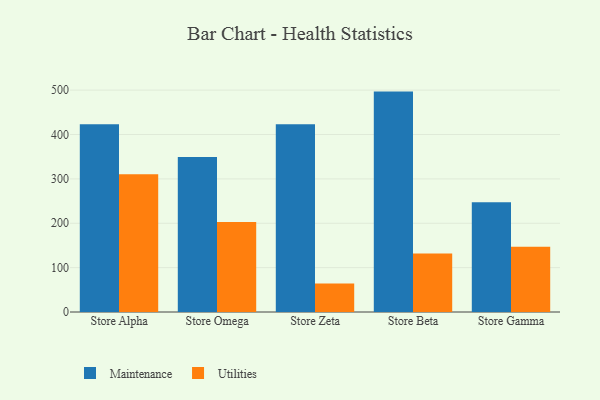
{"axis": {"x": "Store", "y": "Page Views"}, "legend": ["Maintenance", "Utilities"], "data": [{"x": "Store Alpha", "y": 423.1, "type": "Maintenance"}, {"x": "Store Alpha", "y": 310.6, "type": "Utilities"}, {"x": "Store Omega", "y": 349.1, "type": "Maintenance"}, {"x": "Store Omega", "y": 202.6, "type": "Utilities"}, {"x": "Store Zeta", "y": 423.1, "type": "Maintenance"}, {"x": "Store Zeta", "y": 64.4, "type": "Utilities"}, {"x": "Store Beta", "y": 496.7, "type": "Maintenance"}, {"x": "Store Beta", "y": 132.0, "type": "Utilities"}, {"x": "Store Gamma", "y": 247.3, "type": "Maintenance"}, {"x": "Store Gamma", "y": 147.1, "type": "Utilities"}]}